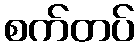
စက်တပ်